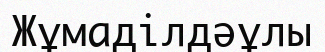
Жұмаділдәұлы